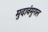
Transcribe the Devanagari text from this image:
मुदावंमुगल